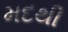
મદથી